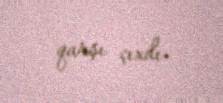
qarşı çıxdı.